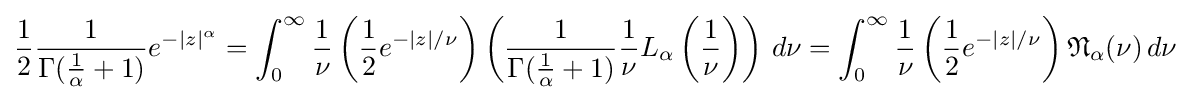
{\frac {1}{2}}{\frac {1}{\Gamma ({\frac {1}{\alpha }}+1)}}e^{-|z|^{\alpha }}=\int _{0}^{\infty }{\frac {1}{\nu }}\left({\frac {1}{2}}e^{-|z|/\nu }\right)\left({\frac {1}{\Gamma ({\frac {1}{\alpha }}+1)}}{\frac {1}{\nu }}L_{\alpha }\left({\frac {1}{\nu }}\right)\right)\,d\nu =\int _{0}^{\infty }{\frac {1}{\nu }}\left({\frac {1}{2}}e^{-|z|/\nu }\right){\mathfrak {N}}_{\alpha }(\nu )\,d\nu